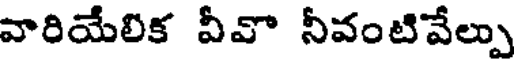
వారియేలిక వీవొ నీవంటివేల్పు